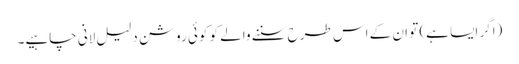
(اگر ایسا ہے) تو ان کے اس طرح سننے والے کو کوئی روشن دلیل لانی چاہیے۔